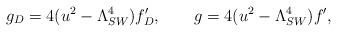
LaTeX: \begin{align*}g_D=4(u^2-\Lambda_{SW}^4)f_D',\qquad g=4(u^2-\Lambda_{SW}^4)f',\end{align*}